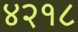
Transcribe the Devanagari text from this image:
४२१८